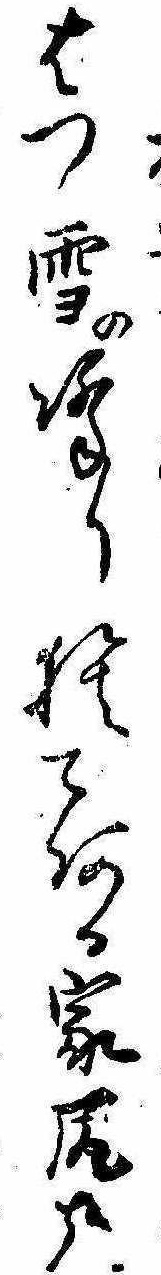
はつ雪の降り捨てある家尻哉